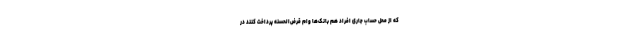
که از محل حساب جاری افراد هم بانک‌ها وام قرض‌الحسنه پرداخت کنند در